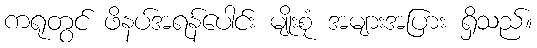
ကရုတွင် ဖိနပ်အရန်ပေါင်း မျိုးစုံ အများအပြား ရှိသည်။